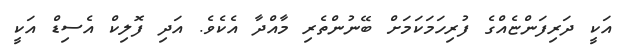
އަކީ ދަރިފަންޏެއްގެ ފުރިހަމަކަމަށް ބޭނުންތެރި މާއްދާ އެކެވެ. އަދި ފޮލިކް އެސިޑް އަކީ